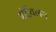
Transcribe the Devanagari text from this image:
बर्हिवलन